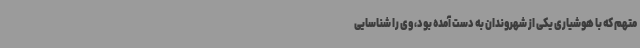
متهم که با هوشیاری یکی از شهروندان به دست آمده بود، وی را شناسایی